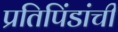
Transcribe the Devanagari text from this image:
प्रतिपिंडांची